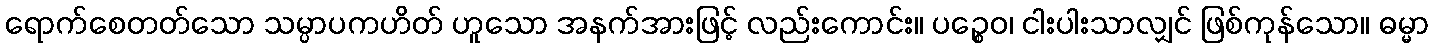
ရောက်စေတတ်သော သမ္ပာပကဟိတ် ဟူသော အနက်အားဖြင့် လည်းကောင်း။ ပဉ္စေဝ၊ ငါးပါးသာလျှင် ဖြစ်ကုန်သော။ ဓမ္မာ